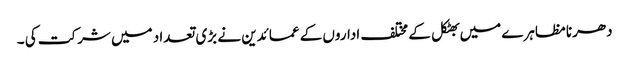
دھرنا مظاہرے میں بھٹکل کے مختلف اداروں کے عمائدین نے بڑی تعداد میں شرکت کی ۔